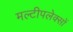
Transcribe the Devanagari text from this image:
मल्टीपलेक्सों